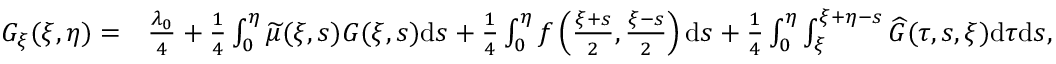
\begin{array} { r l } { G _ { \xi } ( \xi , \eta ) = } & { { \frac { \lambda _ { 0 } } { 4 } } + { { \frac { { 1 } } { 4 } } \int _ { 0 } ^ { \eta } \widetilde { \mu } ( \xi , s ) G ( \xi , s ) \mathrm { d } s } + \frac { 1 } { 4 } \int _ { 0 } ^ { \eta } f \left( \frac { \xi + s } { 2 } , \frac { \xi - s } { 2 } \right) \mathrm { d } s + \frac { 1 } { 4 } \int _ { 0 } ^ { \eta } \int _ { \xi } ^ { \xi + \eta - s } \widehat { G } ( \tau , s , \xi ) \mathrm { d } \tau \mathrm { d } s , } \end{array}